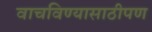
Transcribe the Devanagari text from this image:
वाचविण्यासाठीपण